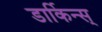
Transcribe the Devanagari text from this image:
डार्किन्स्